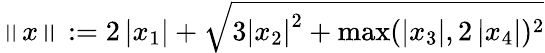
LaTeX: \left\| x\right\| :=2\left|x_{1}\right|+{\sqrt{3\left|x_{2}\right|^{2}+\operatorname*{max}(\left|x_{3}\right|,2\left|x_{4}\right|)^{2}}}